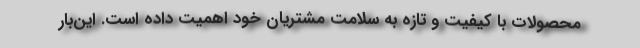
محصولات با کیفیت و تازه به سلامت مشتریان خود اهمیت داده ‌است. این­بار